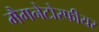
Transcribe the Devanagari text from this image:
मैगनेटोस्फीयर